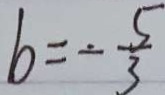
b = - \frac { 5 } { 3 }